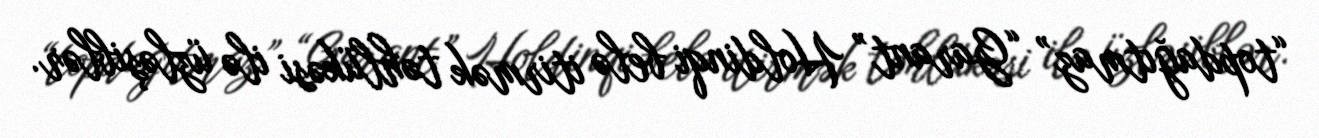
“topdağıtmaz” “Garant” Holdinqi belə itirmək təhlükəsi ilə üzləşiblər.